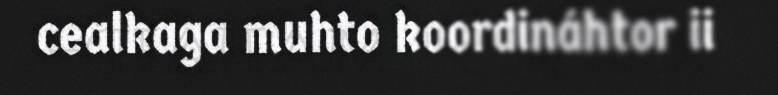
cealkaga muhto koordináhtor ii